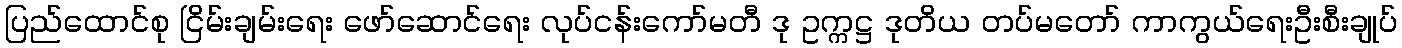
ပြည်ထောင်စု ငြိမ်းချမ်းရေး ဖော်ဆောင်ရေး လုပ်ငန်းကော်မတီ ဒု ဥက္ကဋ္ဌ ဒုတိယ တပ်မတော် ကာကွယ်ရေးဦးစီးချုပ်